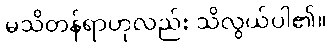
မသိတန်ရာဟုလည်း သိလွယ်ပါ၏။